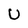
Character: U